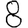
Digit: 8